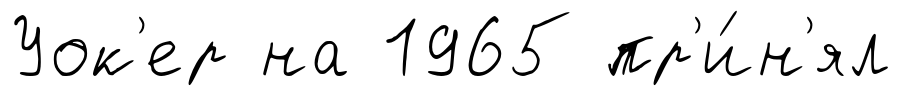
Уок'ер на 1965 пр'и́н'ял